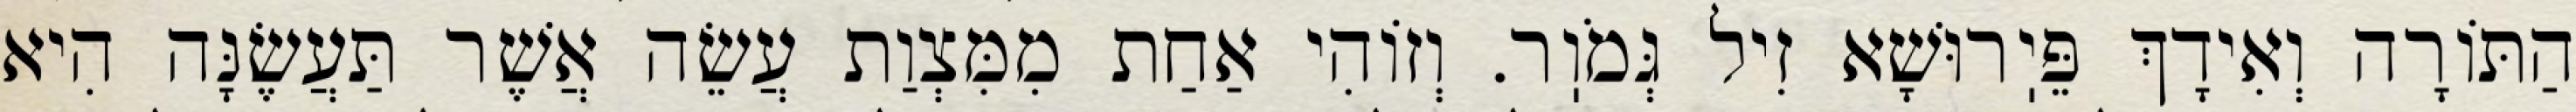
הַתּוֹרָה וְאִידָךְ פֵּיֽרוּשָׁא זִיל גְּמֹוֽר. וְזוֹהִי אַחַת מִמִּצְוַת עֲשֵׂה אֲשֶׁר תַּעֲשֶׂנָּה הִיא